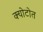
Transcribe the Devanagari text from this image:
क्योटोत